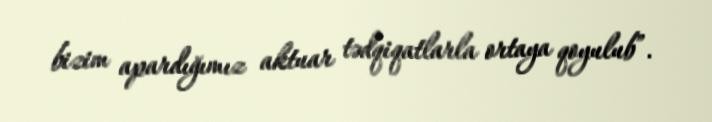
bizim apardığımız aktuar tədqiqatlarla ortaya qoyulub”.